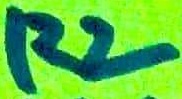
Text: R2